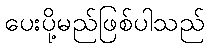
ပေးပို့မည်ဖြစ်ပါသည်